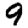
Digit: 9